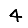
Digit: 4